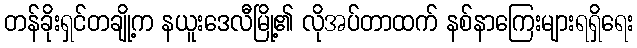
တန်ခိုးရှင်တချို့က နယူးဒေလီမြို့၏ လိုအပ်တာထက် နစ်နာကြေးများရရှိရေး